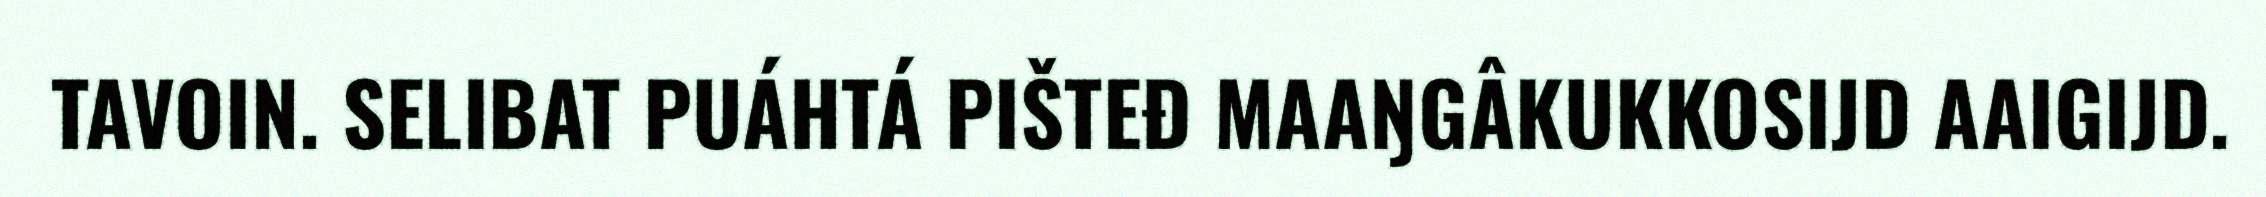
TAVOIN. SELIBAT PUÁHTÁ PIŠTEĐ MAAŊGÂKUKKOSIJD AAIGIJD.